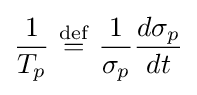
{\frac {1}{T_{p}}}\ {\stackrel {\mathrm {def} }{=}}\ {\frac {1}{\sigma _{p}}}{\frac {d\sigma _{p}}{dt}}